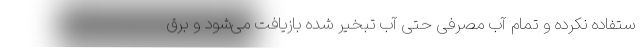
ستفاده نکرده و تمام آب مصرفی حتی آب تبخیر شده بازیافت می‌شود و برق